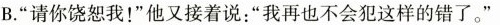
B.“请你饶恕我！”他又接着说：“我再也不会犯这样的错了。”